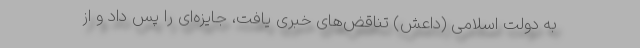
به دولت اسلامی (داعش) تناقض‌های خبری یافت، جایزه‌ای را پس داد و از